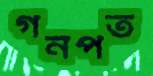
গনপত